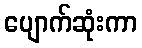
ပျောက်ဆုံးကာ